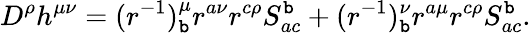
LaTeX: D^{\rho}h^{\mu\nu}=(r^{-1})_{\mathtt{b}}^{\mu}r^{a\nu}r^{c\rho}S_{ac}^{\mathtt{b}}+(r^{-1})_{\mathtt{b}}^{\nu}r^{a\mu}r^{c\rho}S_{ac}^{\mathtt{b}}.